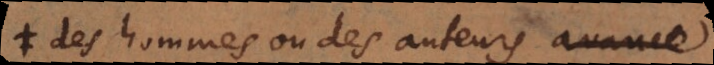
des hommes ou des auteurs avance,